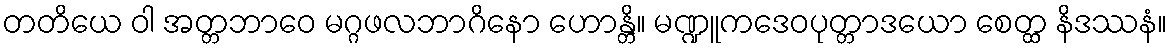
တတိယေ ဝါ အတ္တဘာဝေ မဂ္ဂဖလဘာဂိနော ဟောန္တိ။ မဏ္ဍူကဒေဝပုတ္တာဒယော စေတ္ထ နိဒဿနံ။